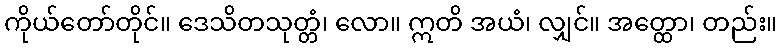
ကိုယ်တော်တိုင်။ ဒေသိတသုတ္တံ၊ လော။ ဣတိ အယံ၊ လျှင်။ အတ္ထော၊ တည်း။